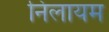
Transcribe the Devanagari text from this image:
निलायम